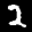
Label: 2